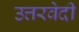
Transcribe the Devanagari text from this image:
उत्तरवेदी